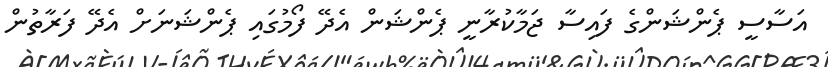
އަސާސީ ޕެންޝަންގެ ފައިސާ ޖަމާކުރާނީ ޕެންޝަން އެދޭ ފޯމުގައި ޕެންޝަނަށް އެދޭ ފަރާތުން